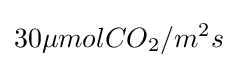
30\mu molCO_{2}/m^{2}s